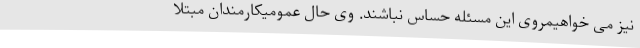
نیز می خواهیمروی این مسئله حساس نباشند. وی حال عمومیکارمندان مبتلا